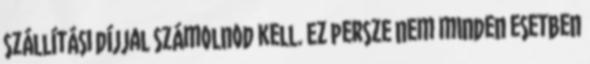
szállítási díjjal számolnod kell. Ez persze nem minden esetben